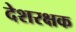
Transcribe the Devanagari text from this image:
देशरक्षक